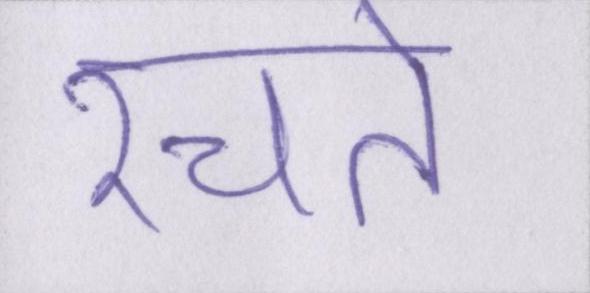
रचते